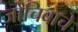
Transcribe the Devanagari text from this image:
जोचिबाचे